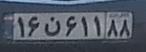
۱۶ن۶۱۱۸۸